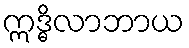
ဣဒ္ဓိလာဘာယ